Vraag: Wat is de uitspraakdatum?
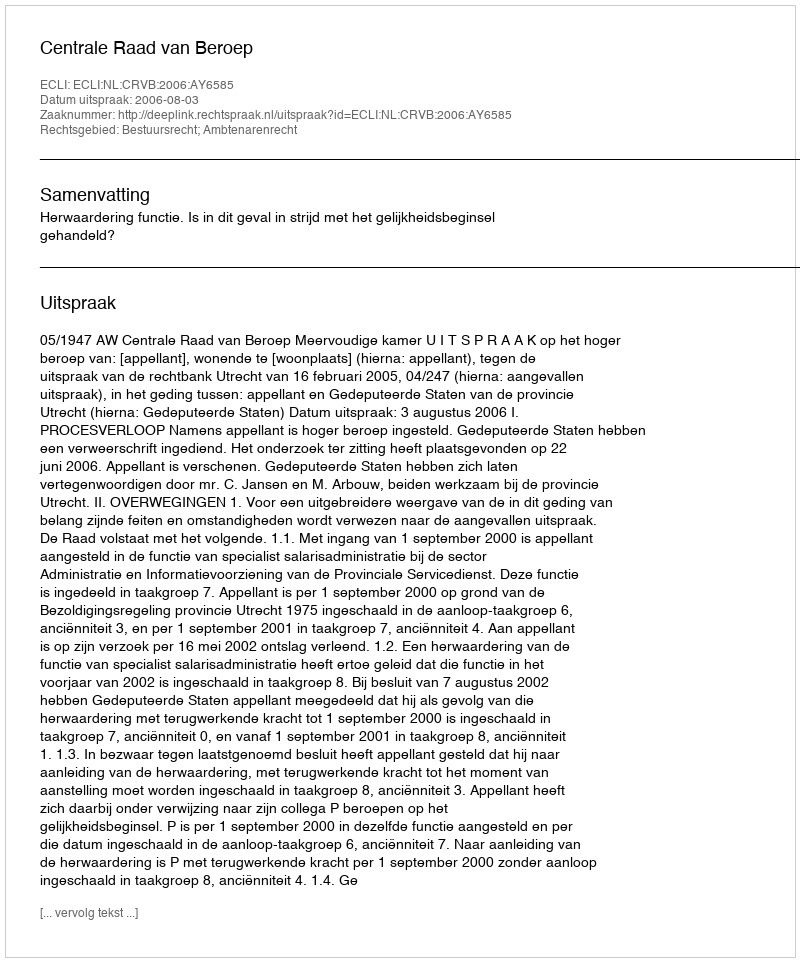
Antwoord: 2006-08-03